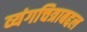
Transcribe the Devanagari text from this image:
व्यंगचित्राबद्दल